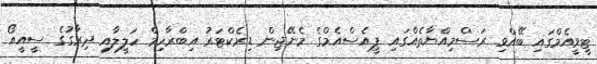
ޓީވީއެމްގައި ބޭއްވި ރަސްމިއްޔާތެއްގައި ޕީއެސްއެމްގެ މެނޭޖިން ޑިރެކްޓަރު އިބްރާހިމް ހަލީލާއި ދިރާގުގެ ސީއީއޯ